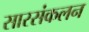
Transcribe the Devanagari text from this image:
सारसंकलन